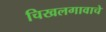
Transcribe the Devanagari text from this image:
चिखलगावाचे